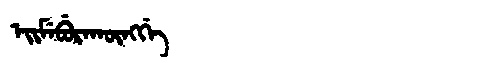
Manchu: ᡝᡳᠮᡝᠪᡠᡵᠠᡴᡡᠩᡤᡝ
Romanization: EIMEBURAKŪNGGE